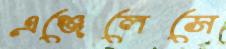
এঞ্জেলেসে